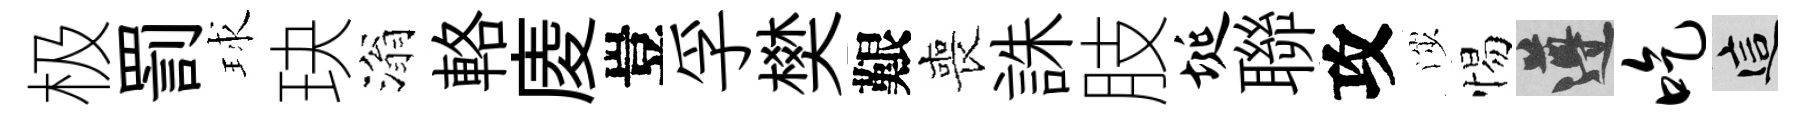
极罰球玦滃輅庱豈孚樊艱喪誅肢埏聯攻渉惕遵吃這